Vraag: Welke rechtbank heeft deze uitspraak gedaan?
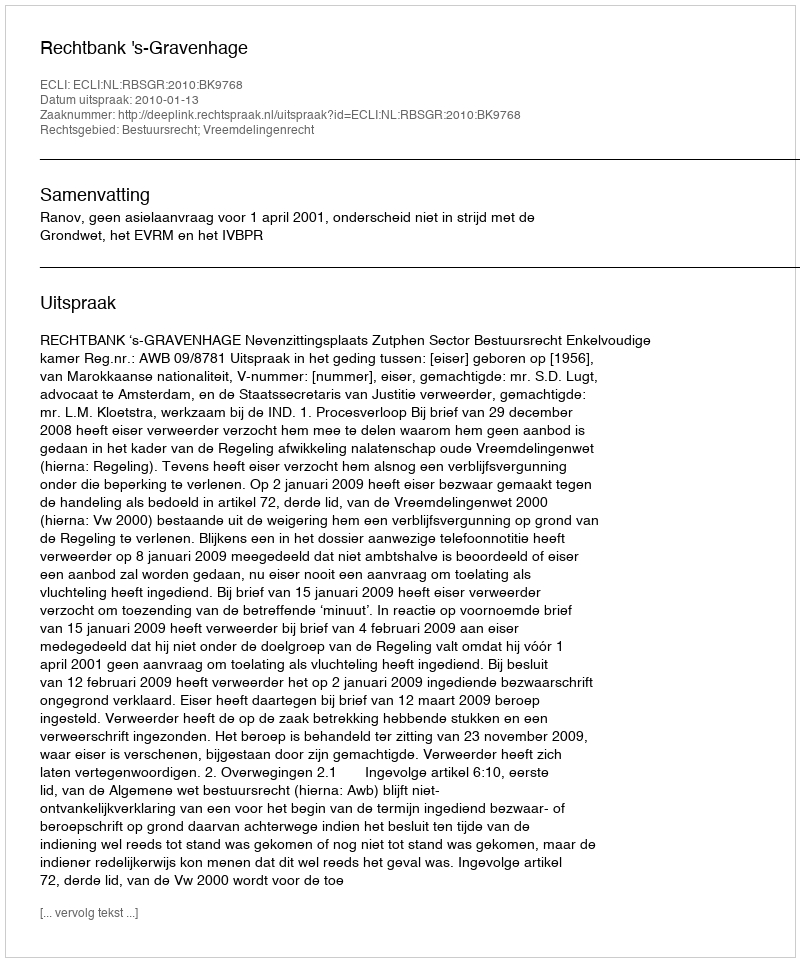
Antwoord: Rechtbank 's-Gravenhage